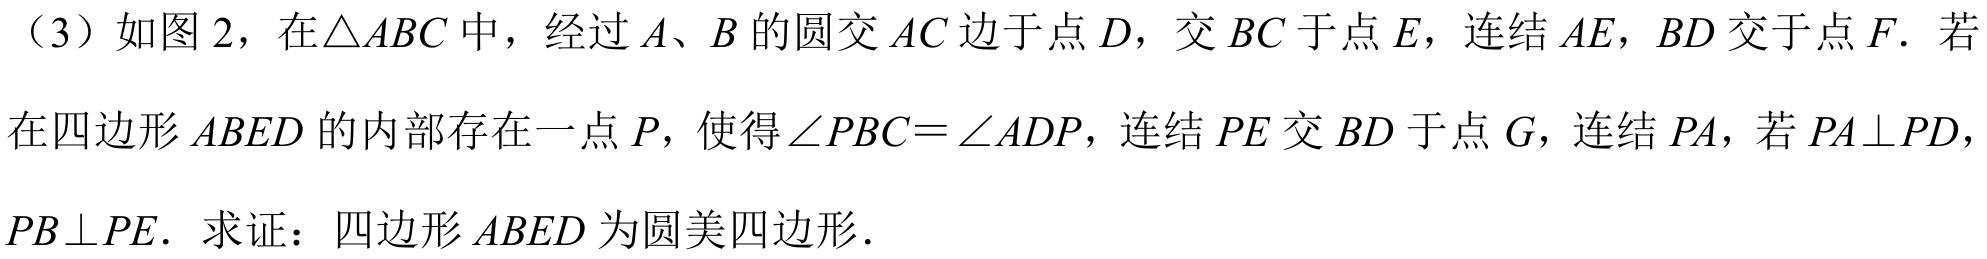
（3）如图 2，在\(\triangle ABC\)中，经过\(A\)、\(B\)的圆交\(AC\)边于点\(D\)，交\(BC\)于点\(E\)，连结\(AE\)，\(BD\)交于点\(F\)．若在四边形\(ABED\)的内部存在一点\(P\)，使得\(\angle PBC=\angle ADP\)，连结\(PE\)交\(BD\)于点\(G\)，连结\(PA\)，若\(PA\perp PD\)，\(PB\perp PE\)． 求证：四边形\(ABED\)为圆美四边形．